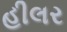
હીલર